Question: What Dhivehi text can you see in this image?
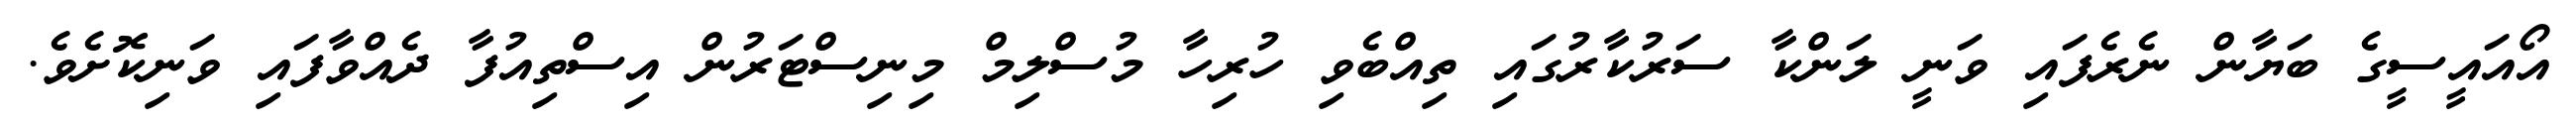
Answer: އޯއައީސީގެ ބަޔާން ނެރެފައި ވަނީ ލަންކާ ސަރުކާރުގައި ތިއްބެވި ހުރިހާ މުސްލިމް މިނިސްޓަރުން އިސްތިއުފާ ދެއްވާފައި ވަނިކޮށެވެ.